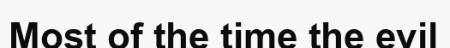
Most of the time the evil